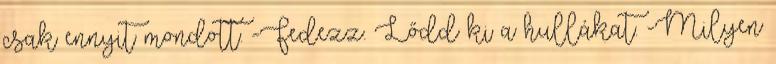
csak ennyit mondott. -Fedezz. Lődd ki a hullákat. -Milyen